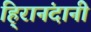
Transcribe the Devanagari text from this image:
हि्रानंदानी